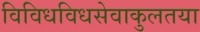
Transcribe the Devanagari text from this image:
विविधविधसेवाकुलतया